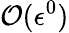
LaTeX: \mathcal{O}(\epsilon^{0})